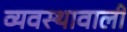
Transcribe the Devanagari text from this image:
व्यवस्थावाली